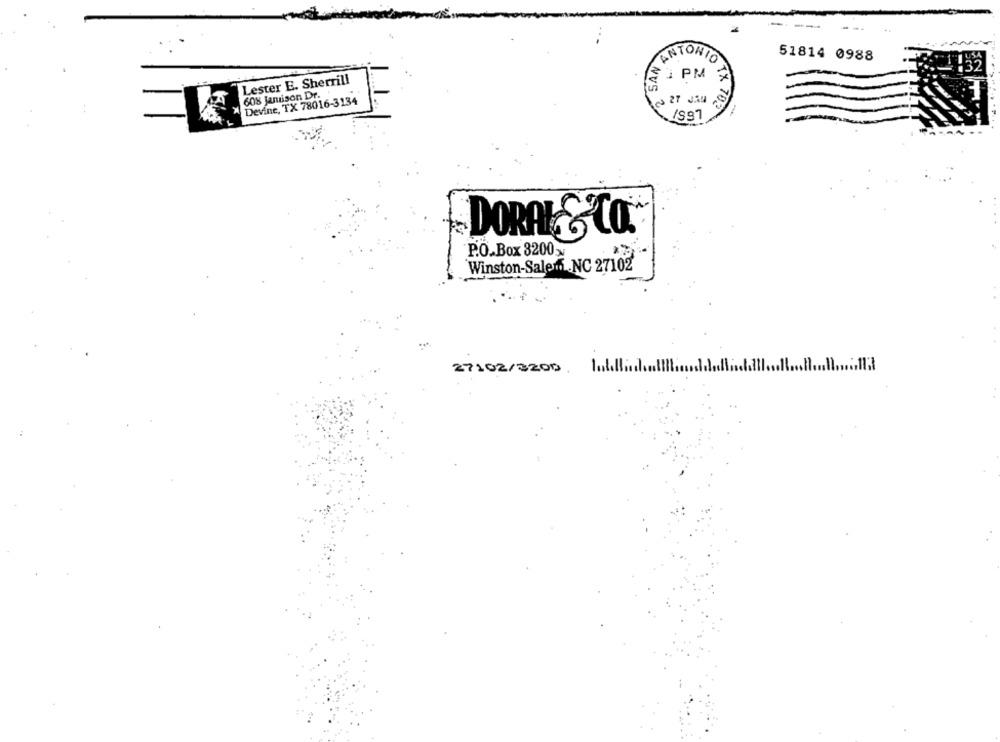
51814 0988
ANTONIO
Lester E. Sherrill
5 2 PM >
608 Jamison Dr.
Devine, TX 78016-3134
3 27 JA
1997
DORAL& CO.
P.O.Box 82003
Winston-Salemf NC 27102
-*
27102/3200.
Milli